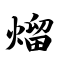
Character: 熘